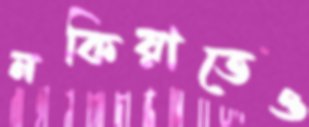
নকিয়াতেও